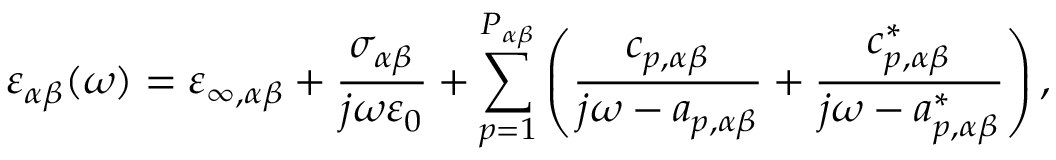
\varepsilon _ { \alpha \beta } ( \omega ) = \varepsilon _ { \infty , \alpha \beta } + \frac { \sigma _ { \alpha \beta } } { j \omega \varepsilon _ { 0 } } + \sum _ { p = 1 } ^ { P _ { \alpha \beta } } \left( \frac { c _ { p , \alpha \beta } } { j \omega - a _ { p , \alpha \beta } } + \frac { c _ { p , \alpha \beta } ^ { * } } { j \omega - a _ { p , \alpha \beta } ^ { * } } \right) ,